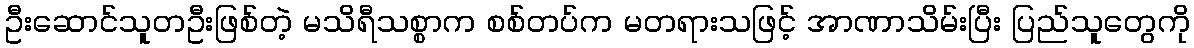
ဦးဆောင်သူတဦးဖြစ်တဲ့ မသိရီသစ္စာက စစ်တပ်က မတရားသဖြင့် အာဏာသိမ်းပြီး ပြည်သူတွေကို